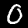
Digit: 0